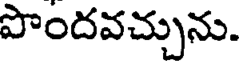
పొందవచ్చును.